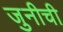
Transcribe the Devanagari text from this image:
जुनीची